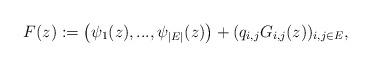
LaTeX: \begin{align*}F(z):=\big(\psi_1(z),...,\psi_{|E|}(z)\big)+(q_{i,j} G_{i,j}(z))_{i,j\in E},\end{align*}